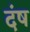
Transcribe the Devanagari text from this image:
दंष